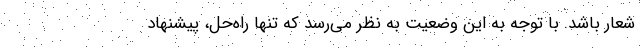
شعار باشد. با توجه به این وضعیت به نظر می‌رسد که تنها راه‌حل، پیشنهاد